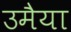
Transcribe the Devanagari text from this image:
उमैया